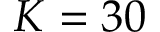
K = 3 0